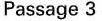
Passage 3